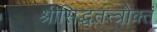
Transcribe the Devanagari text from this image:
श्रीसिद्धतन्त्रोक्तं